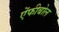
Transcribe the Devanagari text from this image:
ऐंफीबोल